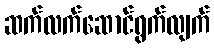
ဆက်လက်ဆောင်ရွက်လျက်